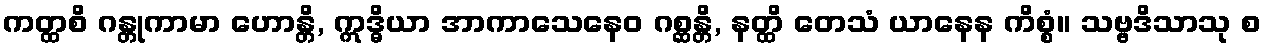
ကတ္ထစိ ဂန္တုကာမာ ဟောန္တိ, ဣဒ္ဓိယာ အာကာသေနေဝ ဂစ္ဆန္တိ, နတ္ထိ တေသံ ယာနေန ကိစ္စံ။ သဗ္ဗဒိသာသု စ